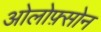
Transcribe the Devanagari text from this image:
ओलोफ़्सोन